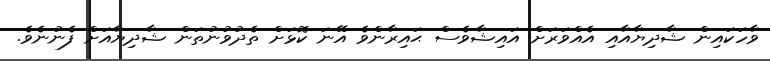
ވާހަކައިން ޝާދިޔާއާއި އެއްވަރަށް އައިޝާވެސް ޙައިރާންވެ އޭނަ ކޮޅަށް ތެދުވުނުތަން ޝާދިޔާއަށް ފެނުނެވެ.